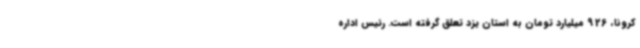
کرونا، 926 میلیارد تومان به استان یزد تعلق گرفته است. رئیس اداره